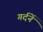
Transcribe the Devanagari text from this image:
गर्दनें